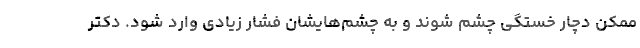
ممکن دچار خستگی چشم شوند و به چشم‌هایشان فشار زیادی وارد شود. دکتر